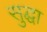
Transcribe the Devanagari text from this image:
सुद्घा